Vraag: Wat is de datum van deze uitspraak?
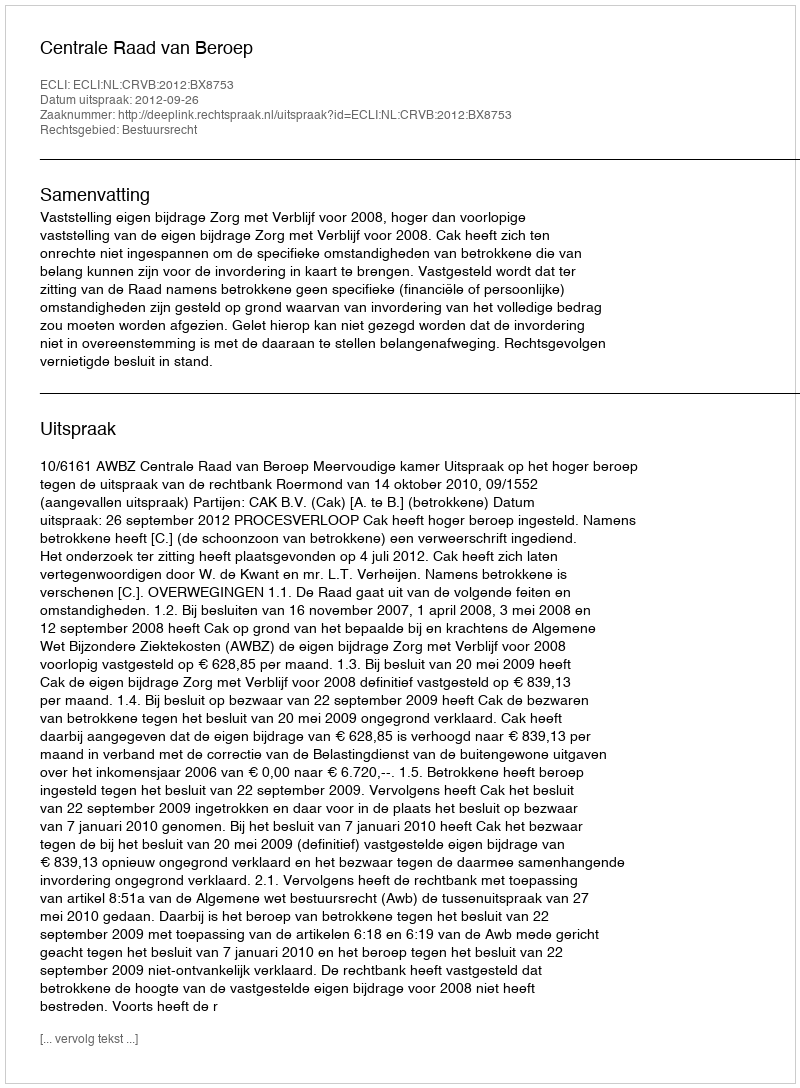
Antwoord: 2012-09-26